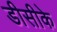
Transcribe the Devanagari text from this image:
डीसीके